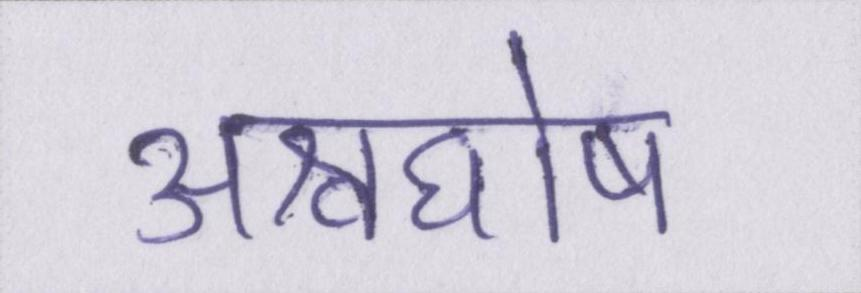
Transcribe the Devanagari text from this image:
अश्वघोष